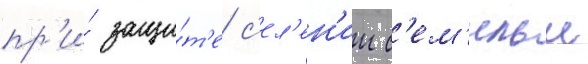
пр'и́ защи́т'е с'ел'ен'ии с'ем'ильи